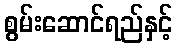
စွမ်းဆောင်ရည်နှင့်